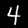
Label: 4